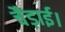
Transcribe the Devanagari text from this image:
चैड़ाई।